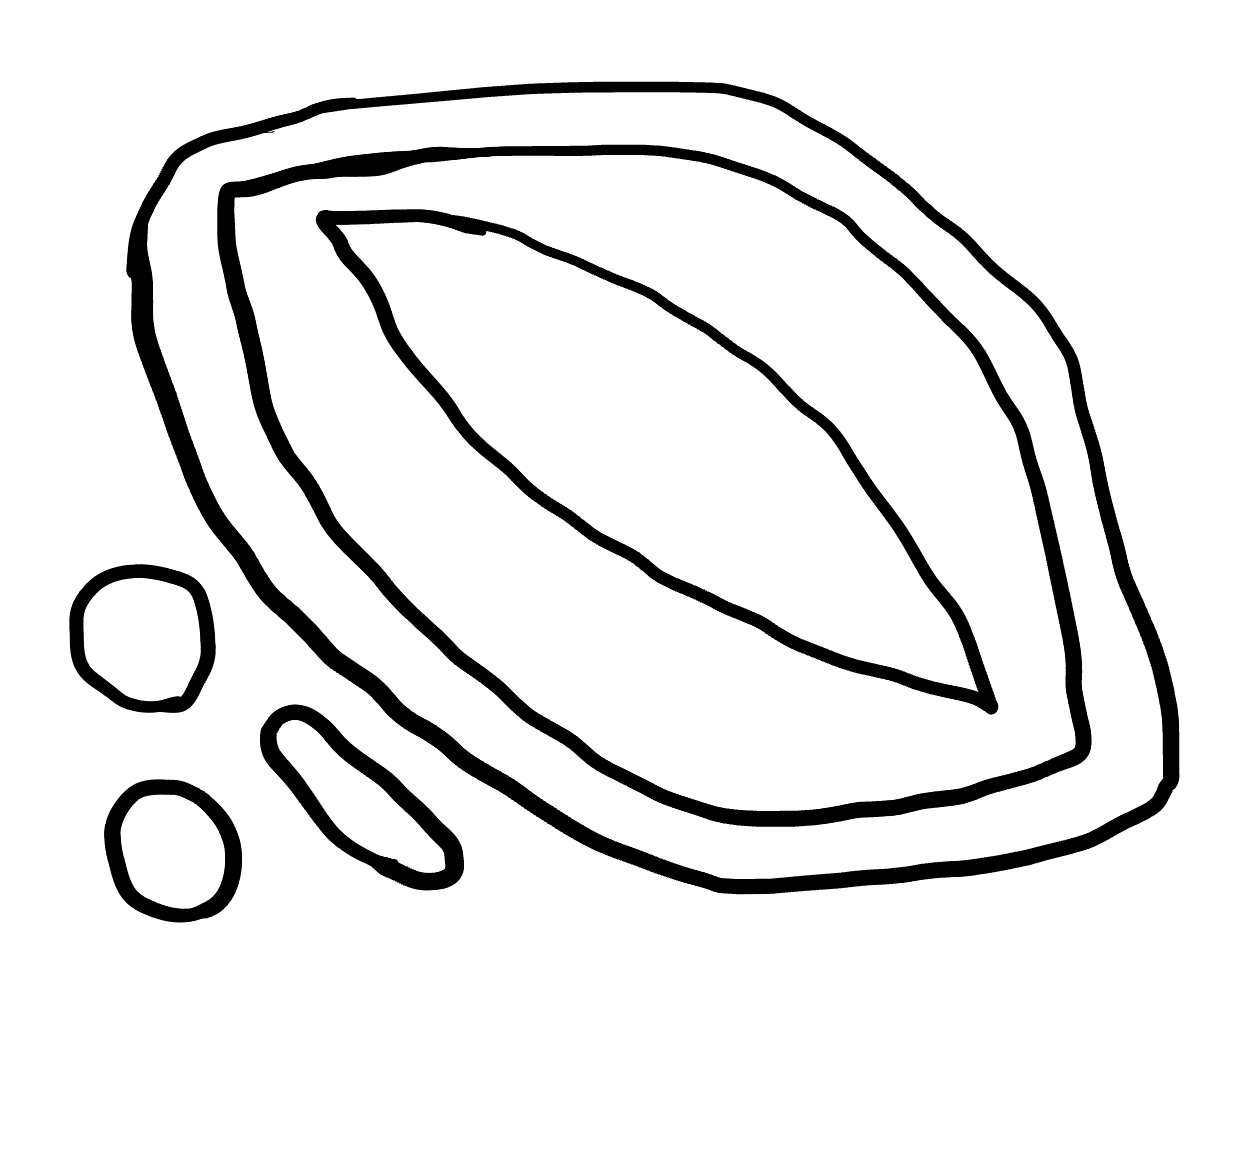
Number of regions (including the outer root region): 7
Containment tree edges (parent, child): 0, 1, 0, 2, 0, 3, 0, 4, 4, 5, 5, 6